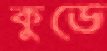
কুডে